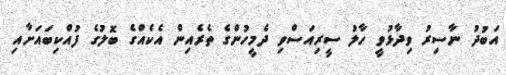
އަބުދު ނާސިރު ވިދާޅުވީ ހާލު ސީރިއަސްވި ދެމީހުންގެ ތެރެއިން އެކެއްގެ ބޮލުގެ ފުއްކިބައަށާއި